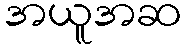
အယူအဆ